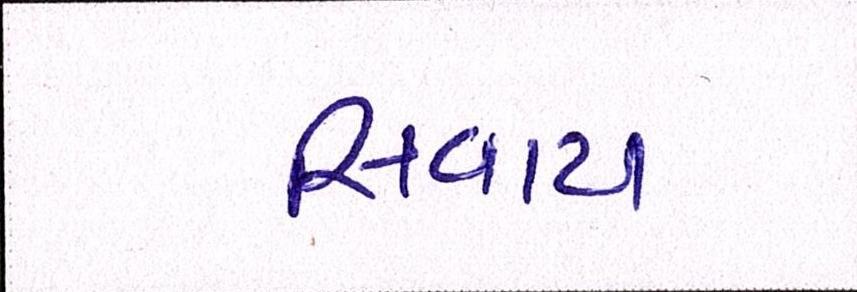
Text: સિવાય